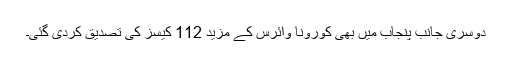
دوسری جانب پنجاب میں بھی کورونا وائرس کے مزید 112 کیسز کی تصدیق کردی گئی۔